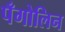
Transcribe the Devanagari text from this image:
पँगोलिन